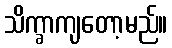
သိက္ခာကျတော့မည်။